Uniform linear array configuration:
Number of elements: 12
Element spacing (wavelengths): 0.75
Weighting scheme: cosine
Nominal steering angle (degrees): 60
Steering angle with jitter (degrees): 61.23
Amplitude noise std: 0.05
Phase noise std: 0.05

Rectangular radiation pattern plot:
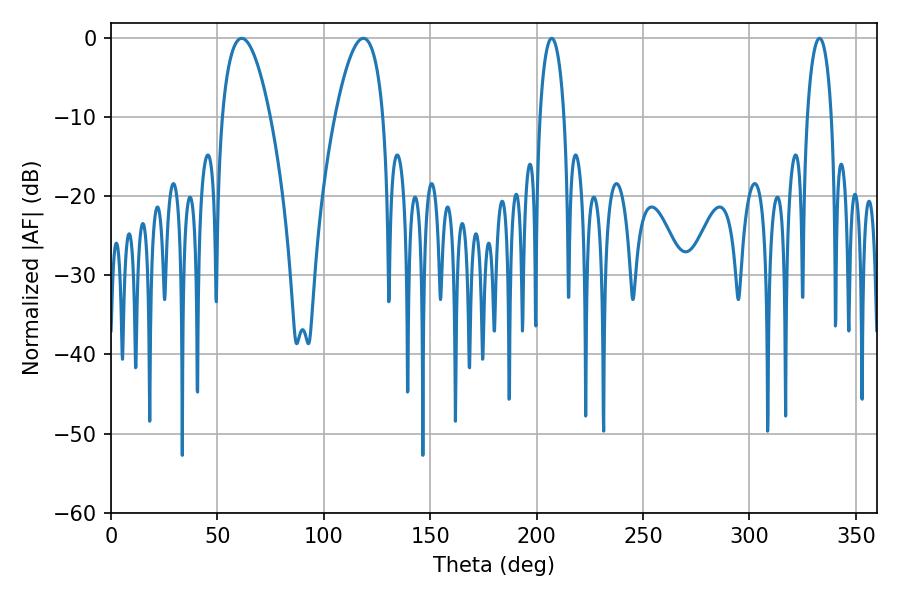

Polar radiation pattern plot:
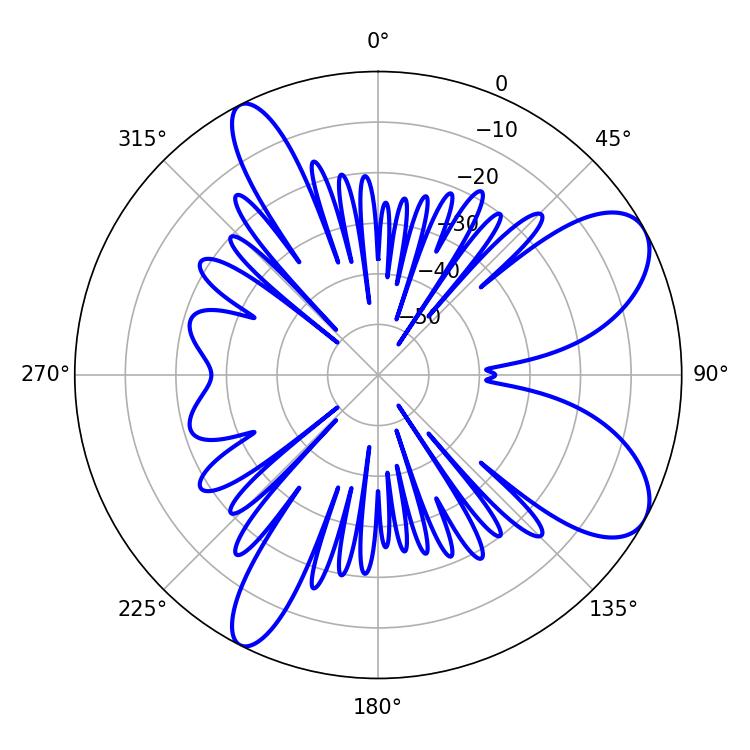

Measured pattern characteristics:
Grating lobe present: TRUE
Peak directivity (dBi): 8.264
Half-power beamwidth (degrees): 12.6
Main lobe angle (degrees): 61.38